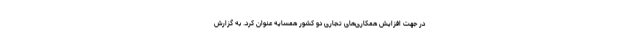
در جهت افزایش همکاری‌های تجاری دو کشور همسایه عنوان کرد. به گزارش